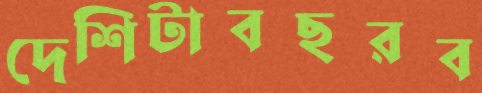
দেশিটাবছরব